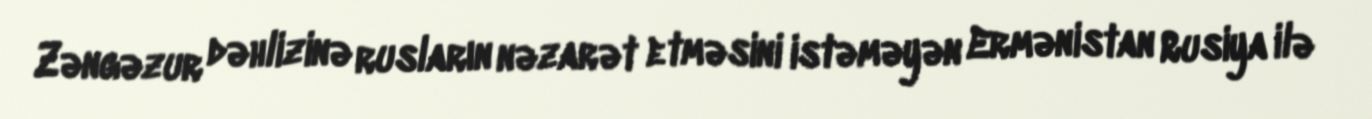
Zəngəzur dəhlizinə rusların nəzarət etməsini istəməyən Ermənistan Rusiya ilə